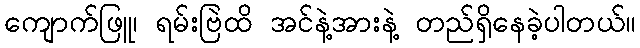
ကျောက်ဖြူ၊ ရမ်းဗြဲထိ အင်နဲ့အားနဲ့ တည်ရှိနေခဲ့ပါတယ်။